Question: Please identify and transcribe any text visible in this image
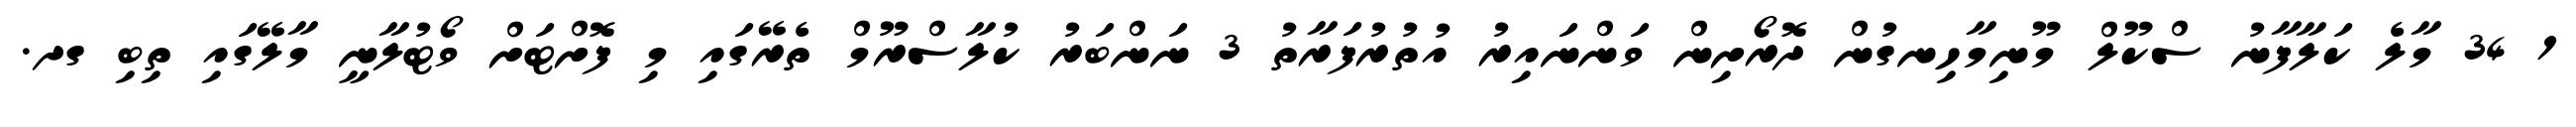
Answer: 1 34 މާލެ ކަލާފާނު ސްކޫލް މޫނިމާހިނގުން ދޮރޯށިން ވަންނައިރު އުތުރުފަރާތު 3 ނަންބަރު ކުލާސްރޫމް ތެރޭގައި މި ފޮށްޓަށް ވޯޓުލާނީ މާލޭގައި ތިބި ގދ.